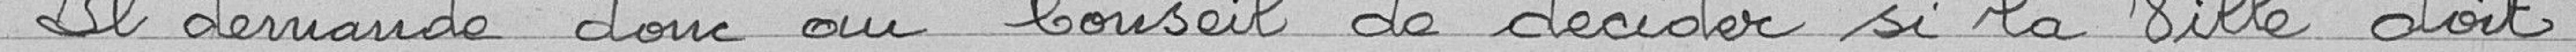
Il demande donc au Conseil de décider si la ville doit